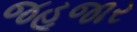
જહૂજાર